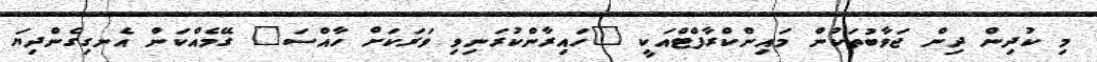
މި ކުދިން ދިން ޖަވާބުތަކުން މައިންކްރާފްޓްއަކީ "ހައިރާންކުރަނިވި ވަރަކަށް ހާއްސަ" ގޭމެއްކަން އެނގިގެންދިޔަ